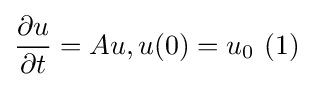
{\frac {\partial u}{\partial t}}=Au,u(0)=u_{0}{\text{ (1)}}